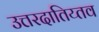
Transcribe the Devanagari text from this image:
उत्तरदातिय्तव